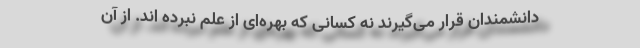
دانشمندان قرار می‌گیرند نه کسانی که بهره‌ای از علم نبرده اند. از آن